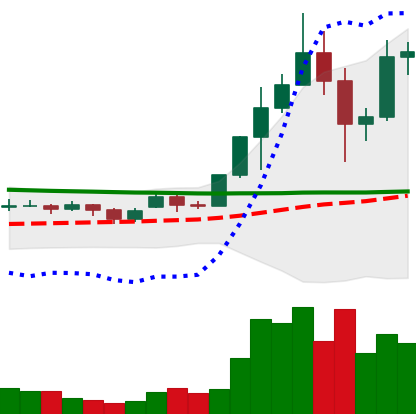
Ticker: ADA-USD
Chart end date: 2020-11-29
Forward return: -11.041%
Label: down_7plus